65_HS1-834228961_62-HQ-83894_Section_4
Agency: FBI
Page 199
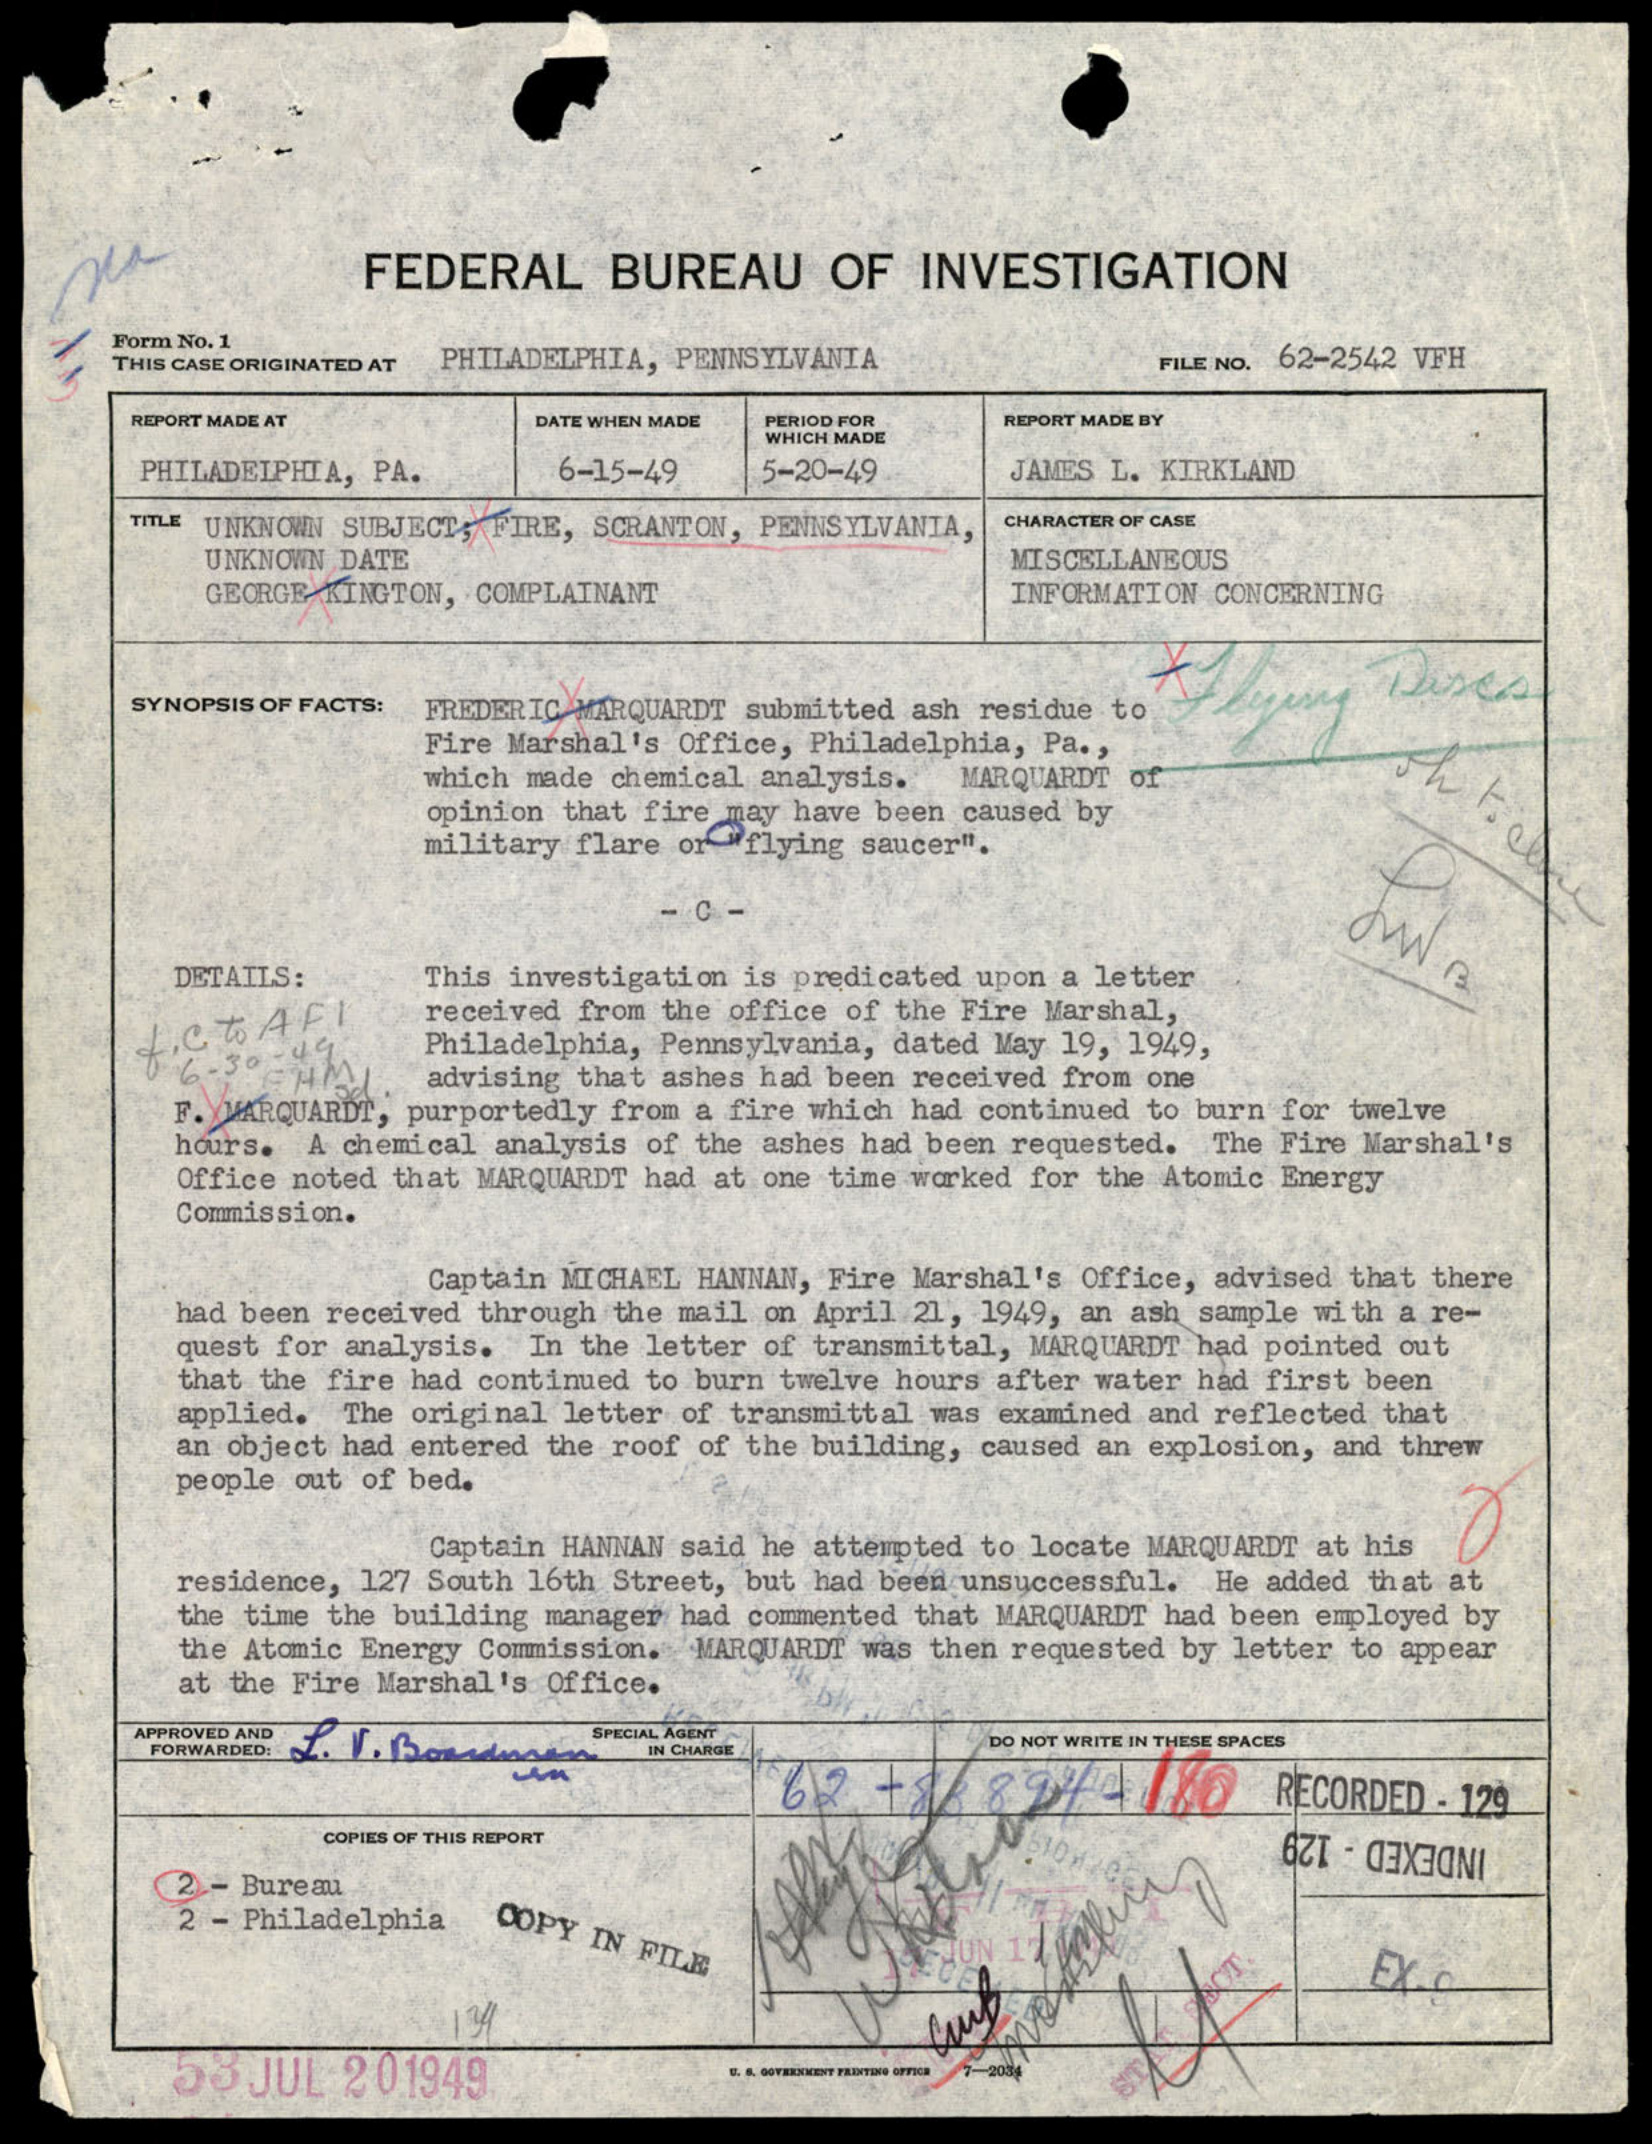